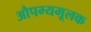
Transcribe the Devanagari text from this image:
औपम्यमूलक